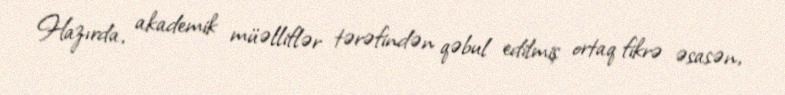
Hazırda, akademik müəlliflər tərəfindən qəbul edilmiş ortaq fikrə əsasən,